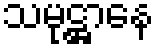
သမုဋ္ဌာနေ